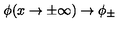
\phi ( x \rightarrow \pm \infty ) \rightarrow \phi _ { \pm }